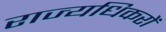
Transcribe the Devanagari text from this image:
राज्यधिकरों